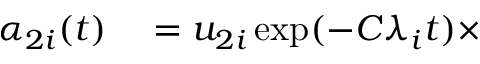
\begin{array} { r l } { \alpha _ { 2 i } ( t ) } & { { } = u _ { 2 i } \exp ( - C \lambda _ { i } t ) \times } \end{array}